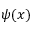
\psi ( x )